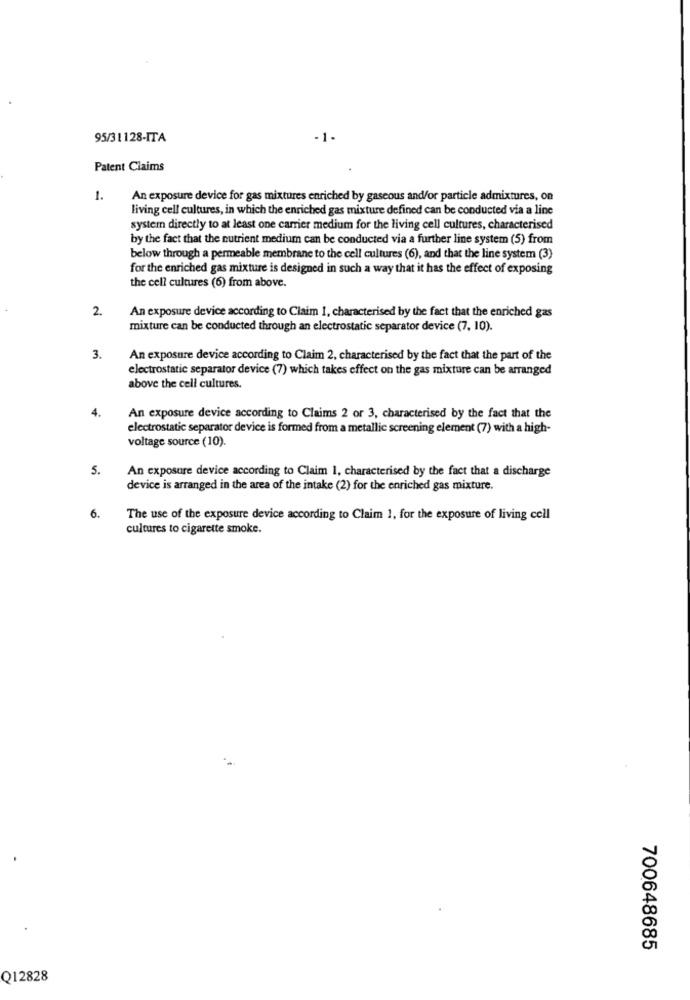
95/31128-ITA
-1-
Patent Claims
1.
An exposure device for gas mixtures enriched by gaseous and/or particle admixtures, on
living cell cultures, in which the enriched gas mixture defined can be conducted via a line
system directly to at least one carrier medium for the living cell cultures, characterised
by the fact that the nutrient medium can be conducted via a further line system (5) from
below through a permeable membrane to the cell cultures (6), and that the line system (3)
for the enriched gas mixture is designed in such a way that it has the effect of exposing
the cell cultures (6) from above.
2.
An exposure device according to Claim 1, characterised by the fact that the enriched gas
mixture can be conducted through an electrostatic separator device (7, 10).
3.
An exposure device according to Claim 2, characterised by the fact that the part of the
electrostatic separator device (7) which takes effect on the gas mixture can be arranged
above the cell cultures.
4.
An exposure device according to Claims 2 or 3, characterised by the fact that the
electrostatic separator device is formed from a metallic screening element (7) with a high-
voltage source (10).
5.
An exposure device according to Claim 1. characterised by the fact that a discharge
device is arranged in the area of the intake (2) for the enriched gas mixture.
6.
The use of the exposure device according to Claim 1, for the exposure of living cell
cultures to cigarette smoke.
700648685
Q12828